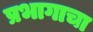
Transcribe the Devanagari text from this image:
प्रभागाचा